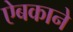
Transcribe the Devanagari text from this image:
ऐबकाने